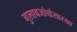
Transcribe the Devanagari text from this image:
गुलाबजांबांसारखा